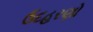
ઉદહરણો